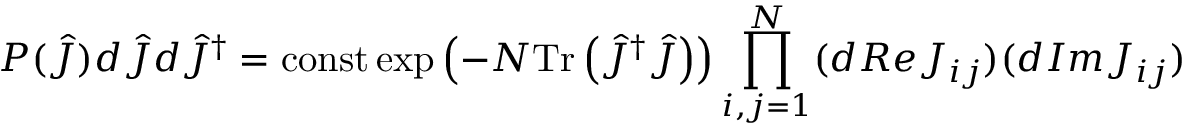
P ( \hat { J } ) d \hat { J } d \hat { J } ^ { \dag } = \mathrm { c o n s t } \exp \left( - N \mathrm { T r } \left( \hat { J } ^ { \dag } \hat { J } \right) \right) \prod _ { i , j = 1 } ^ { N } ( d R e J _ { i j } ) ( d I m J _ { i j } )